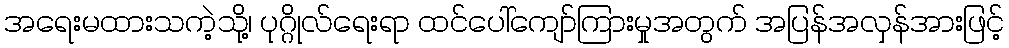
အရေးမထားသကဲ့သို့၊ ပုဂ္ဂိုလ်ရေးရာ ထင်ပေါ်ကျော်ကြားမှုအတွက် အပြန်အလှန်အားဖြင့်